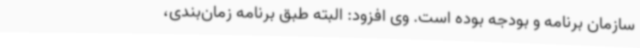
سازمان برنامه و بودجه بوده است. وی افزود: البته طبق برنامه‌ زمان‌بندی،